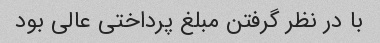
با در نظر گرفتن مبلغ پرداختی عالی بود